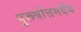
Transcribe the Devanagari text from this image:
पुरूषोत्तमदेव